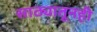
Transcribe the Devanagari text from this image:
साठ्यातूनही